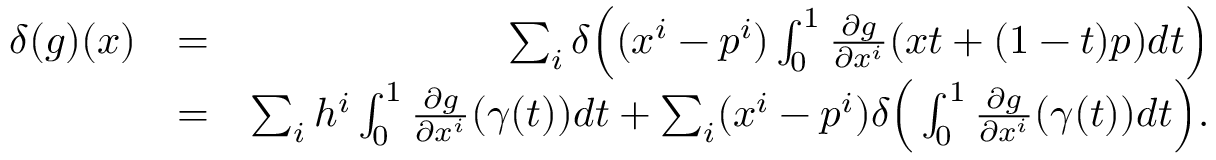
\begin{array} { r l r } { \delta ( g ) ( x ) } & { = } & { \sum _ { i } \delta \Big ( ( x ^ { i } - p ^ { i } ) \int _ { 0 } ^ { 1 } \frac { \partial g } { \partial x ^ { i } } ( x t + ( 1 - t ) p ) d t \Big ) } \\ & { = } & { \sum _ { i } h ^ { i } \int _ { 0 } ^ { 1 } \frac { \partial g } { \partial x ^ { i } } ( \gamma ( t ) ) d t + \sum _ { i } ( x ^ { i } - p ^ { i } ) \delta \Big ( \int _ { 0 } ^ { 1 } \frac { \partial g } { \partial x ^ { i } } ( \gamma ( t ) ) d t \Big ) . } \end{array}